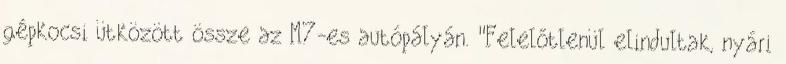
gépkocsi ütközött össze az M7-es autópályán. "Felelőtlenül elindultak, nyári